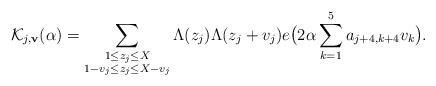
LaTeX: \begin{align*}\mathcal{K}_{j,\mathbf{v}}(\alpha)=\sum_{\substack{1\le z_j \le X\\ 1-v_j\le z_j\le X-v_j}}\Lambda(z_j)\Lambda(z_j+v_j)e\big(2\alpha\sum_{k=1}^5a_{j+4,k+4}v_k\big).\end{align*}